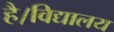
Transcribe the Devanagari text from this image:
है।विद्यालय